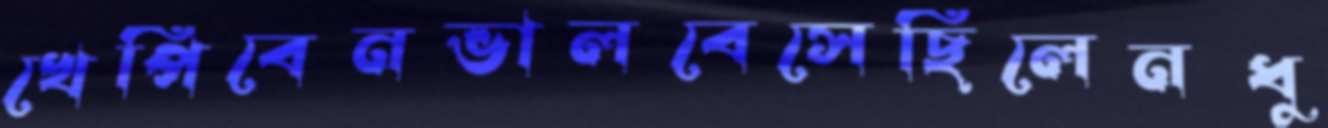
খেপিবেনভালবেসেছিলেনধু